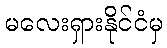
မလေးရှားနိုင်ငံမှ